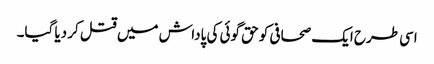
اسی طرح ایک صحافی کو حق گوئی کی پاداش میں قتل کر دیا گیا۔